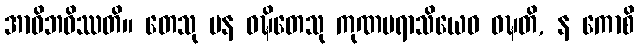
အာဝိဘဝိဿတိ။ တေသု ပန ဝဍ္ဎိတေသု ကုဏပရာသိယေဝ ဝဍ္ဎတိ, န ကောစိ